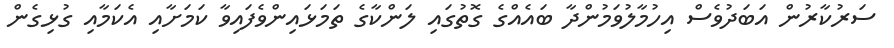
ސަރުކާރުން އަބަދުވެސް އިހުމާލުވަމުންދާ ބައެއްގެ ގޮތުގައި ލަންކާގެ ތަމަޅައިންވެފައިވާ ކަމަށާއި އެކަމާއި ގުޅިގެން